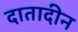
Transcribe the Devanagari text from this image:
दातादीन